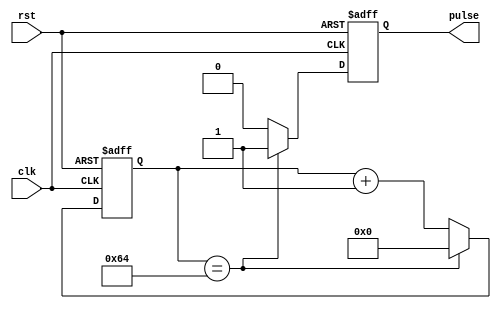
module rising_edge_pulse_generator (
    input wire clk,
    input wire rst,
    output reg pulse
);

parameter THRESHOLD = 100; // Predefined threshold value
reg [7:0] counter; // Counter to keep track of time intervals

always @(posedge clk or posedge rst) begin
    if (rst) begin
        counter <= 0;
        pulse <= 0;
    end else begin
        if (counter == THRESHOLD) begin
            pulse <= 1;
            counter <= 0;
        end else begin
            pulse <= 0;
            counter <= counter + 1;
        end
    end
end

endmodule